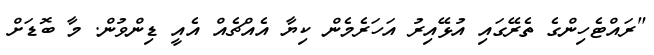
"ރައްޓެހިންގެ ތެރޭގައި އުޅޭއިރު އަހަރެމެން ކިޔާ އެއްޗެއް އެއީ ޑިންވުން. މާ ބޮޑަށް